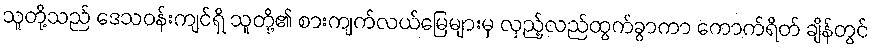
သူတို့သည် ဒေသဝန်းကျင်ရှိ သူတို့၏ စားကျက်လယ်မြေများမှ လှည့်လည်ထွက်ခွာကာ ကောက်ရိတ် ချိန်တွင်